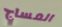
المساج